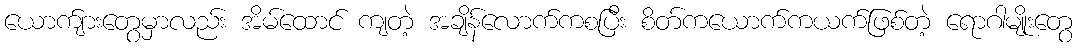
ယောက်ျားတွေမှာလည်း အိမ်ထောင် ကျတဲ့ အချိန်လောက်ကစပြီး စိတ်ကယောက်ကယက်ဖြစ်တဲ့ ရောဂါမျိုးတွေ